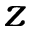
z